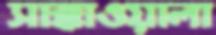
সাক্কাওয়ালা